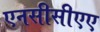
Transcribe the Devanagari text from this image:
एनसीसीएए